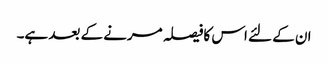
ان کے لئے اس کافیصلہ مرنے کے بعد ہے۔